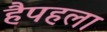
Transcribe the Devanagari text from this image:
हैपहला